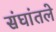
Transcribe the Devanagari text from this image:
संघांतले